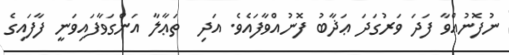
ނުފޮނުއްވާ ފަދަ ވަރުގަދަ ޢަޛާބު ފޮނުއްވާފައެވެ. އަދި  ތަޢާލާ އަންގަވާފައިވަނީ ފާފައިގެ